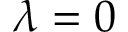
\lambda = 0